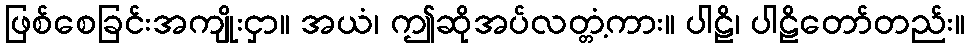
ဖြစ်စေခြင်းအကျိုးငှာ။ အယံ၊ ဤဆိုအပ်လတ္တံ့ကား။ ပါဠိ၊ ပါဠိတော်တည်း။